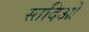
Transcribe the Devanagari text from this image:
स्तदिओ